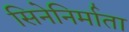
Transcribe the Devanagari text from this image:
सिनेनिर्माता